Annual report of the Punjab Veterinary College and of the Civil Veterinary Department, Punjab - 1894-1908
Year: 1894
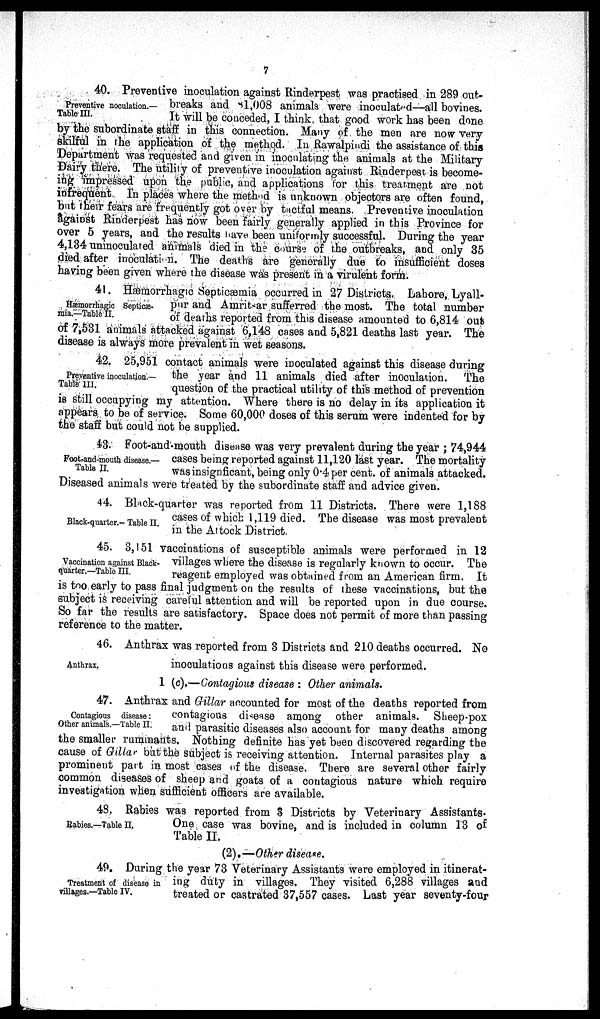
7
Preventive noculation.—
Table III.
40. Preventive inoculation against Rinderpest was practised in 289 out-
breaks and 81,008 animals were inoculated—all bovines.
It will be conceded, I think, that good work has been done
by the subordinate staff in this connection. Many of the men are now very
skilful in the application of the method. In Rawalpindi the assistance of this
Department was requested and given in inoculating the animals at the Military
Dairy there. The utility of preventive inoculation against Rinderpest is become-
ing impressed upon the public, and applications for this treatment are not
infrequent. In places where the method is unknown objectors are often found,
but their fears are frequently got over by tactful means. Preventive inoculation
against Rinderpest has now been fairly generally applied in this Province for
over 5 years, and the results have been uniformly successful. During the year
4,134 uninoculated animals died in the course of the outbreaks, and only 35
died after inoculation. The deaths are generally due to insufficient doses
having been given where the disease was present in a virulent form.
Hæmorrhagic Septicæ-
mia.—Table II.
41. Hæmorrhagic Septicæmia occurred in 27 Districts. Lahore, Lyall-
pur and Amritsar sufferred the most. The total number
of deaths reported from this disease amounted to 6,814 out
of 7,531 animals attacked against 6,148 cases and 5,821 deaths last year. The
disease is always more prevalent in wet seasons.
Preventive inoculation.—
Table III.
42. 25,951 contact animals were inoculated against this disease during
the year and 11 animals died after inoculation. The
question of the practical utility of this method of prevention
is still occupying my attention. Where there is no delay in its application it
appears to be of service. Some 60,000 doses of this serum were indented for by
the staff but could not be supplied.
Foot-and-mouth disease.—
Table II.
43. Foot-and-mouth disease was very prevalent during the year; 74,944
cases being reported against 11,120 last year. The mortality
was in signficant, being only 0.4 per cent. of animals attacked.
Diseased animals were treated by the subordinate staff and advice given.
Black-quarter.- Table II.
44. Black-quarter was reported from 11 Districts. There were 1,188
cases of which 1,119 died. The disease was most prevalent
in the Attock District.
Vaccination against Black-
quarter.—Table III.
45. 3,151 vaccinations of susceptible animals were performed in 12
villages where the disease is regularly known to occur. The
reagent employed was obtained from an American firm. It
is too early to pass final judgment on the results of these vaccinations, but the
subject is receiving careful attention and will be reported upon in due course.
So far the results are satisfactory. Space does not permit of more than passing
reference to the matter.
Anthrax.
46. Anthrax was reported from 3 Districts and 210 deaths occurred. No
inoculations against this disease were performed.
1 (c).—Contagious disease: Other animals.
Contagious disease:
Other animals.—Table II.
47. Anthrax and Gillar accounted for most of the deaths reported from
contagious disease among other animals. Sheep-pox
and parasitic diseases also account for many deaths among
the smaller ruminants. Nothing definite has yet been discovered regarding the
cause of Gillar but the subject is receiving attention. Internal parasites play a
prominent part in most cases of the disease. There are several other fairly
common diseases of sheep and goats of a contagious nature which require
investigation when sufficient officers are available.
Rabies.—Table II,
48. Rabies was reported from 3 Districts by Veterinary Assistants.
One case was bovine, and is included in column 13 of
Table II.
(2).—Other disease.
Treatment of disease in
villages.—Table IV.
49. During the year 73 Veterinary Assistants were employed in itinerat-
ing duty in villages. They visited 6,288 villages and
treated or castrated 37,557 cases. Last year seventy-four